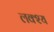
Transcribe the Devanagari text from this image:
लक्श्य